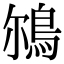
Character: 𩿥